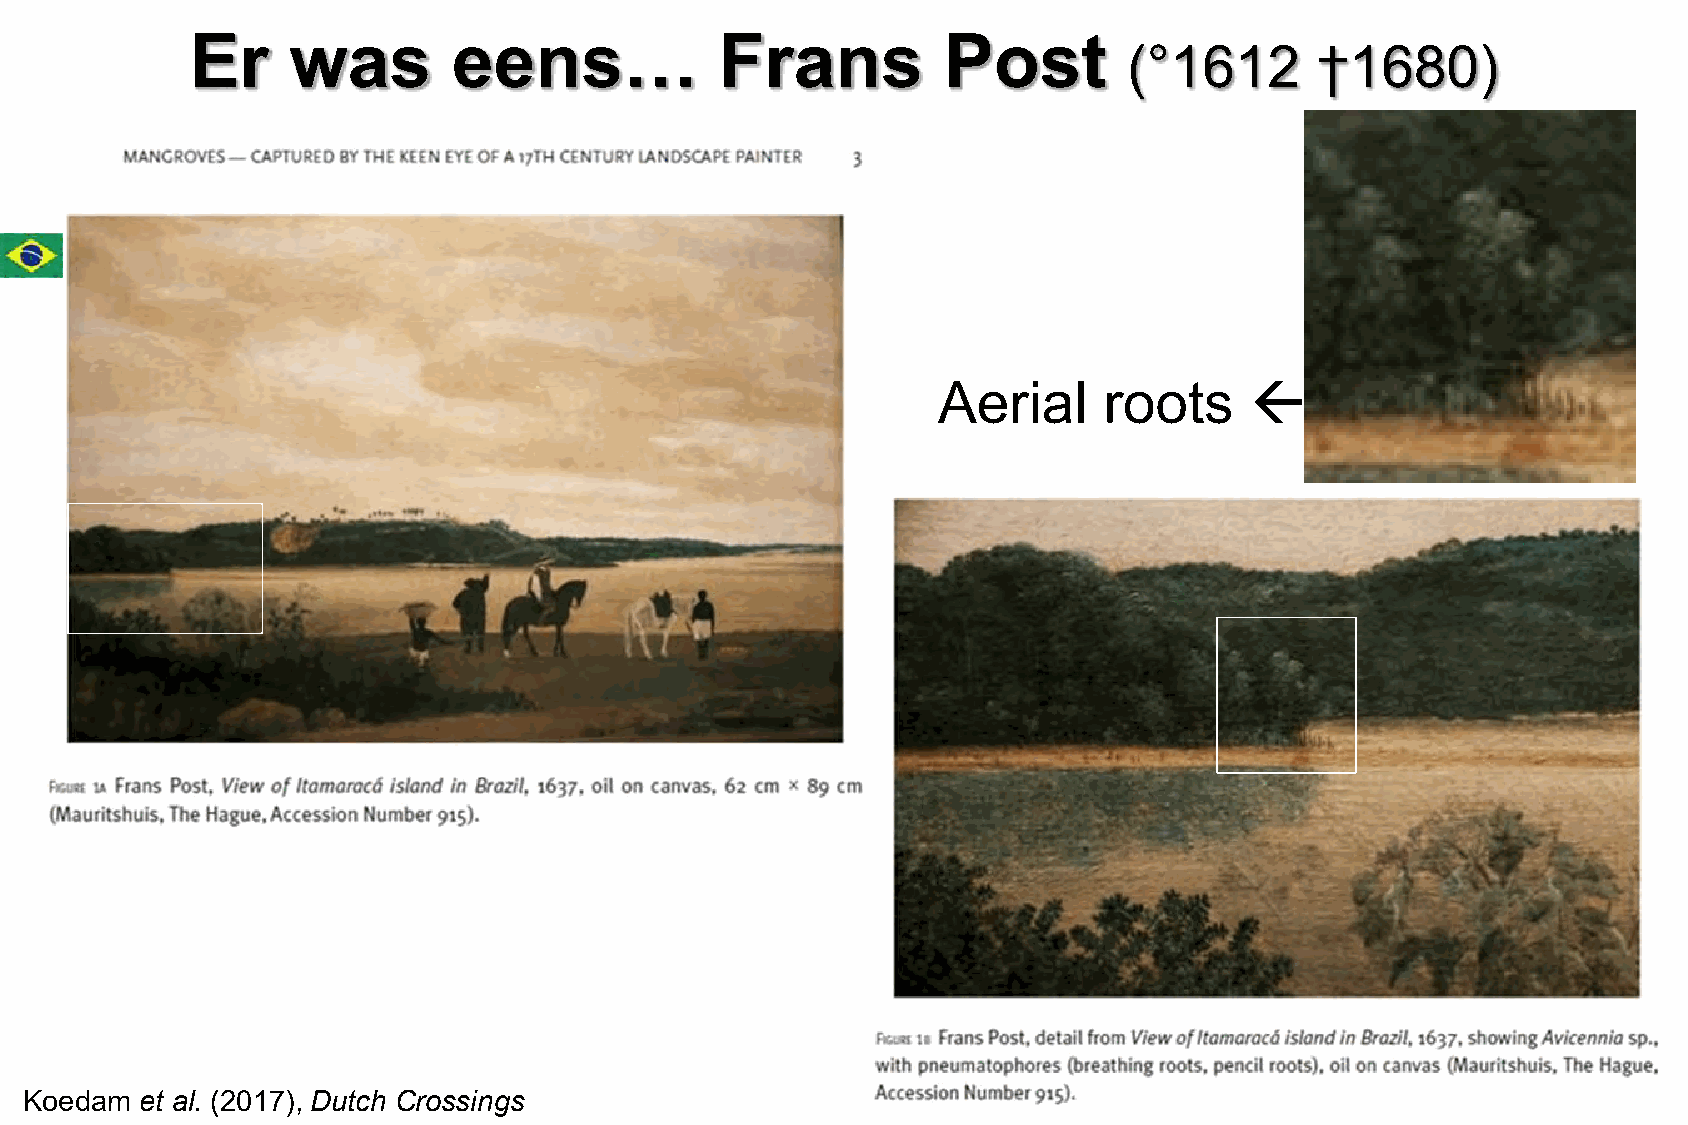
Er    was        eens…             Frans         Post
 (°1612      †1680)
 
 Aerial     roots
 Koedam et al. (2017), Dutch Crossings